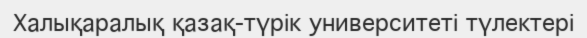
Халықаралық қазақ-түрік университеті түлектері